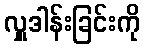
လှူဒါန်းခြင်းကို